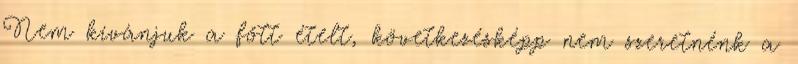
Nem kívánjuk a főtt ételt, következésképp nem szeretnénk a